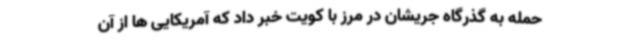
حمله به گذرگاه جریشان در مرز با کویت خبر داد که آمریکایی ها از آن